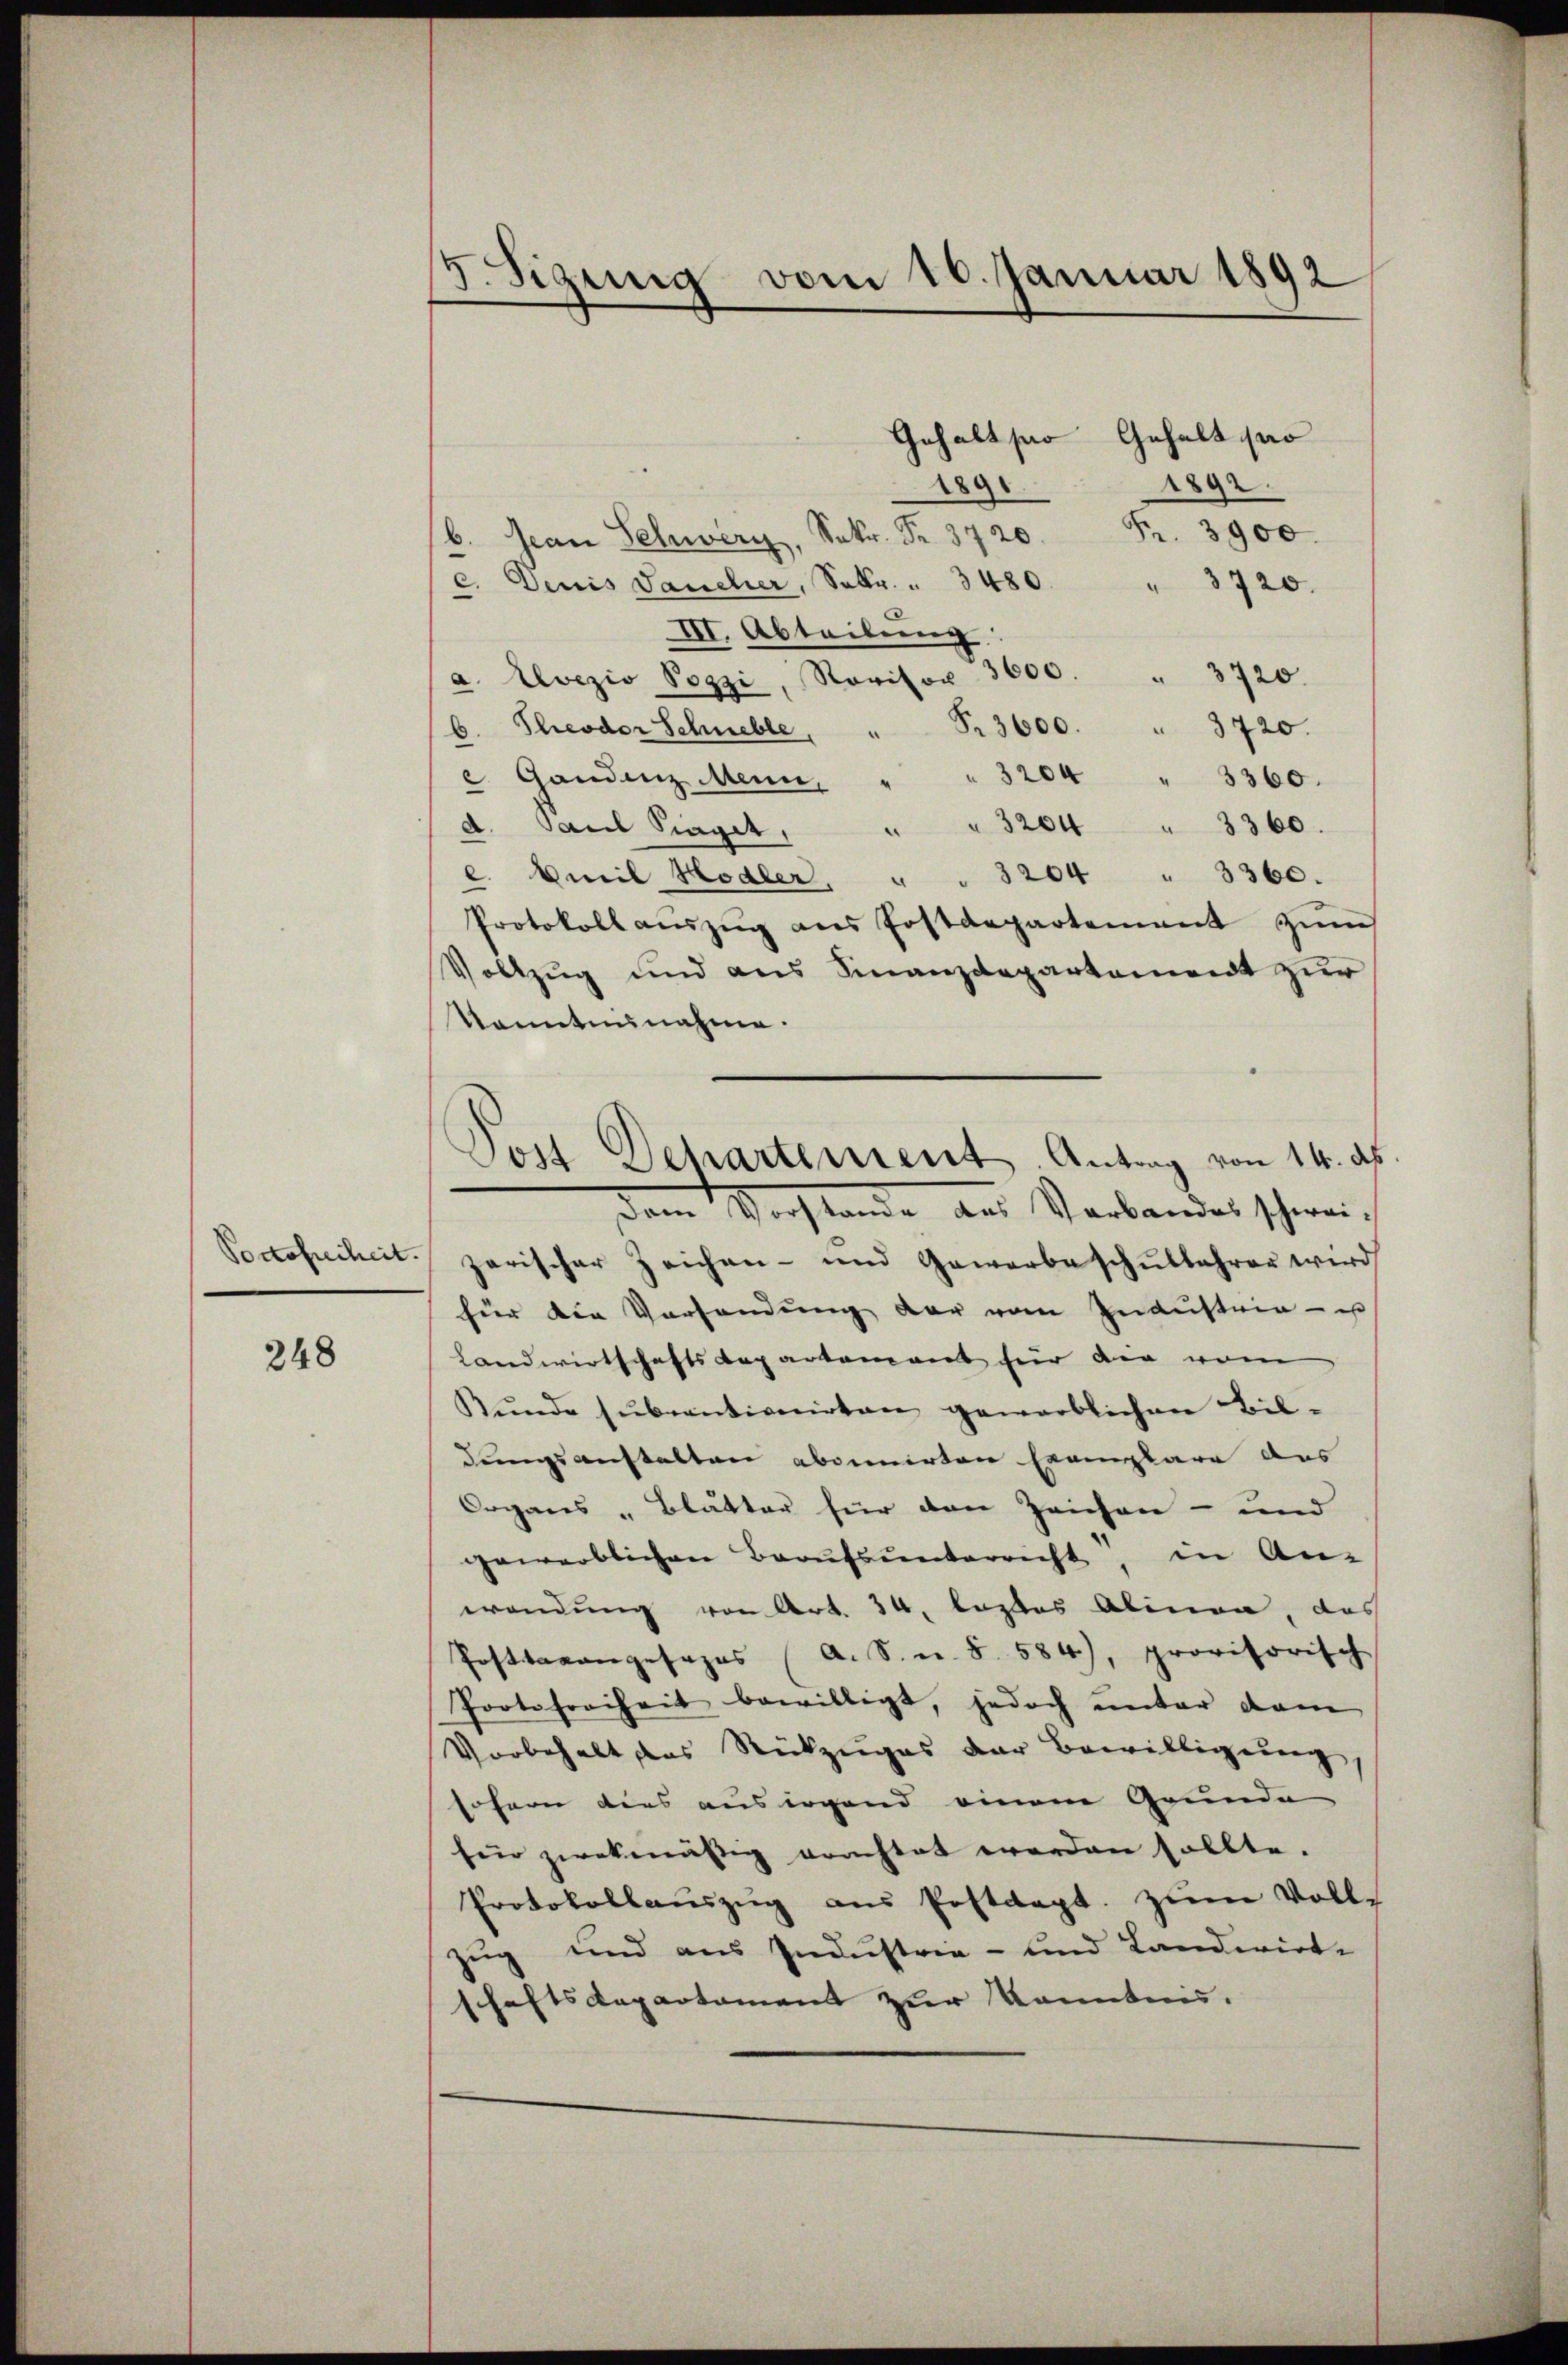
Portofreiheit.

248

5. Sigung vom 10. Januar 1892

189.
1892.
b. Jean Schwerz, Sekr. Fr. 3720. Fr. 3900.
c. Denis Jaucher, Solle.  3 480 " 3720.
III. Abteilung
a. Alvezio Pozzi, Revisor 3600. " 3720.
b. Theodor Schnelle Nr. 3600.
3720.
 Gandenz Mein " " 3204
3360.
A. Paul Singet, " " 3264 " 3360.
e. Amil Hodler, " " 3204 " 3360.
Protokoll aŭszŭg ans Postdepartement zŭm
Vollzug und aus Finanzdepartement zur
Konntennahme.
zarischer Zeichen- und Gewerbe schŭlbahrer wird
für die Vorsendung der vom Industria - is
Landwirtschaftsdepartement für die vom
Kunde subventionirten gewerblichen Bildungsanstalten abonnirten Exemplare des
Organs - Blätter für den Zeichen- und
gewerblichen Berufsunterricht, in An-
wendung von Art. 34, lastes Alinea, das
Posttrangesezes (A. S. u. 8. 584), provisorisch
Pootofreiheit bewilligt, jedoch unter dam
Vorbehalt das Rückzuges der Bewilligung,
sofern dies aus irgend einem Grunde
für zwekmässig erachtet werden sollte.
Protokollaŭszŭg aŭs Postdept. zŭm Voll-
zug und aus Industrie- und Landwirt-
shaftsdepartement zur Kenntnis.

Gehalt so Gehalt pro

Post Departement. Antrag von 14. ds.
Dem Vorstande des Verbandes schwei¬